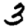
Digit: 3